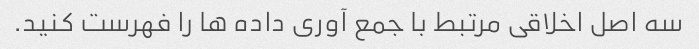
سه اصل اخلاقی مرتبط با جمع آوری داده ها را فهرست کنید.